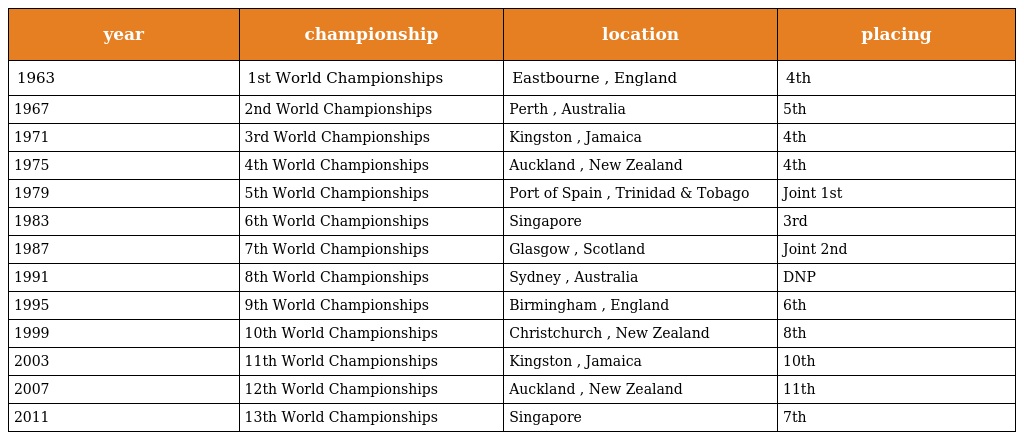
| year | championship | location | placing |
 | --- | --- | --- | --- |
 | 1963 | 1st World Championships | Eastbourne , England | 4th |
 | 1967 | 2nd World Championships | Perth , Australia | 5th |
 | 1971 | 3rd World Championships | Kingston , Jamaica | 4th |
 | 1975 | 4th World Championships | Auckland , New Zealand | 4th |
 | 1979 | 5th World Championships | Port of Spain , Trinidad & Tobago | Joint 1st |
 | 1983 | 6th World Championships | Singapore | 3rd |
 | 1987 | 7th World Championships | Glasgow , Scotland | Joint 2nd |
 | 1991 | 8th World Championships | Sydney , Australia | DNP |
 | 1995 | 9th World Championships | Birmingham , England | 6th |
 | 1999 | 10th World Championships | Christchurch , New Zealand | 8th |
 | 2003 | 11th World Championships | Kingston , Jamaica | 10th |
 | 2007 | 12th World Championships | Auckland , New Zealand | 11th |
 | 2011 | 13th World Championships | Singapore | 7th |